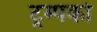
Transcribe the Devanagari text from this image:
ट्रम्पको